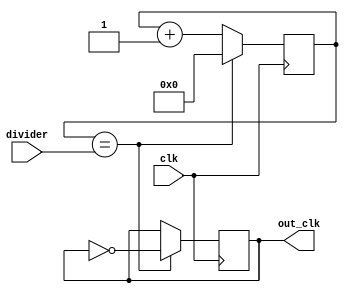
module programmable_clock_divider (
    input wire clk,
    input wire [7:0] divider,
    output reg out_clk
);

reg [7:0] count;

always @ (posedge clk)
begin
    count <= count + 1;

    if (count == divider)
    begin
        count <= 0;
        out_clk <= ~out_clk;
    end
end

endmodule